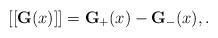
LaTeX: \begin{align*}[[{\bf G}(x)]]={\bf G_+}(x)-{\bf G_-}(x),.\end{align*}